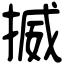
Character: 揻